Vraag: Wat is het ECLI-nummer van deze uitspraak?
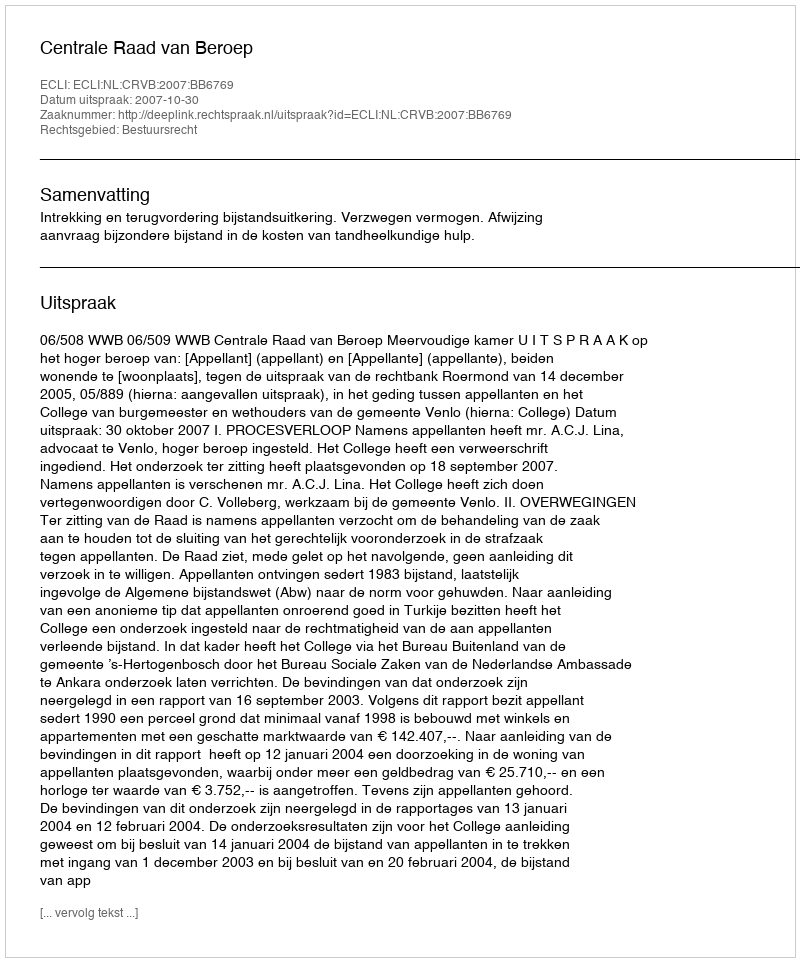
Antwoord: ECLI:NL:CRVB:2007:BB6769